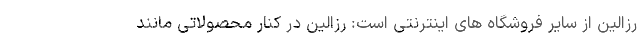
رزالین از سایر فروشگاه های اینترنتی است: رزالین در کنار محصولاتی مانند